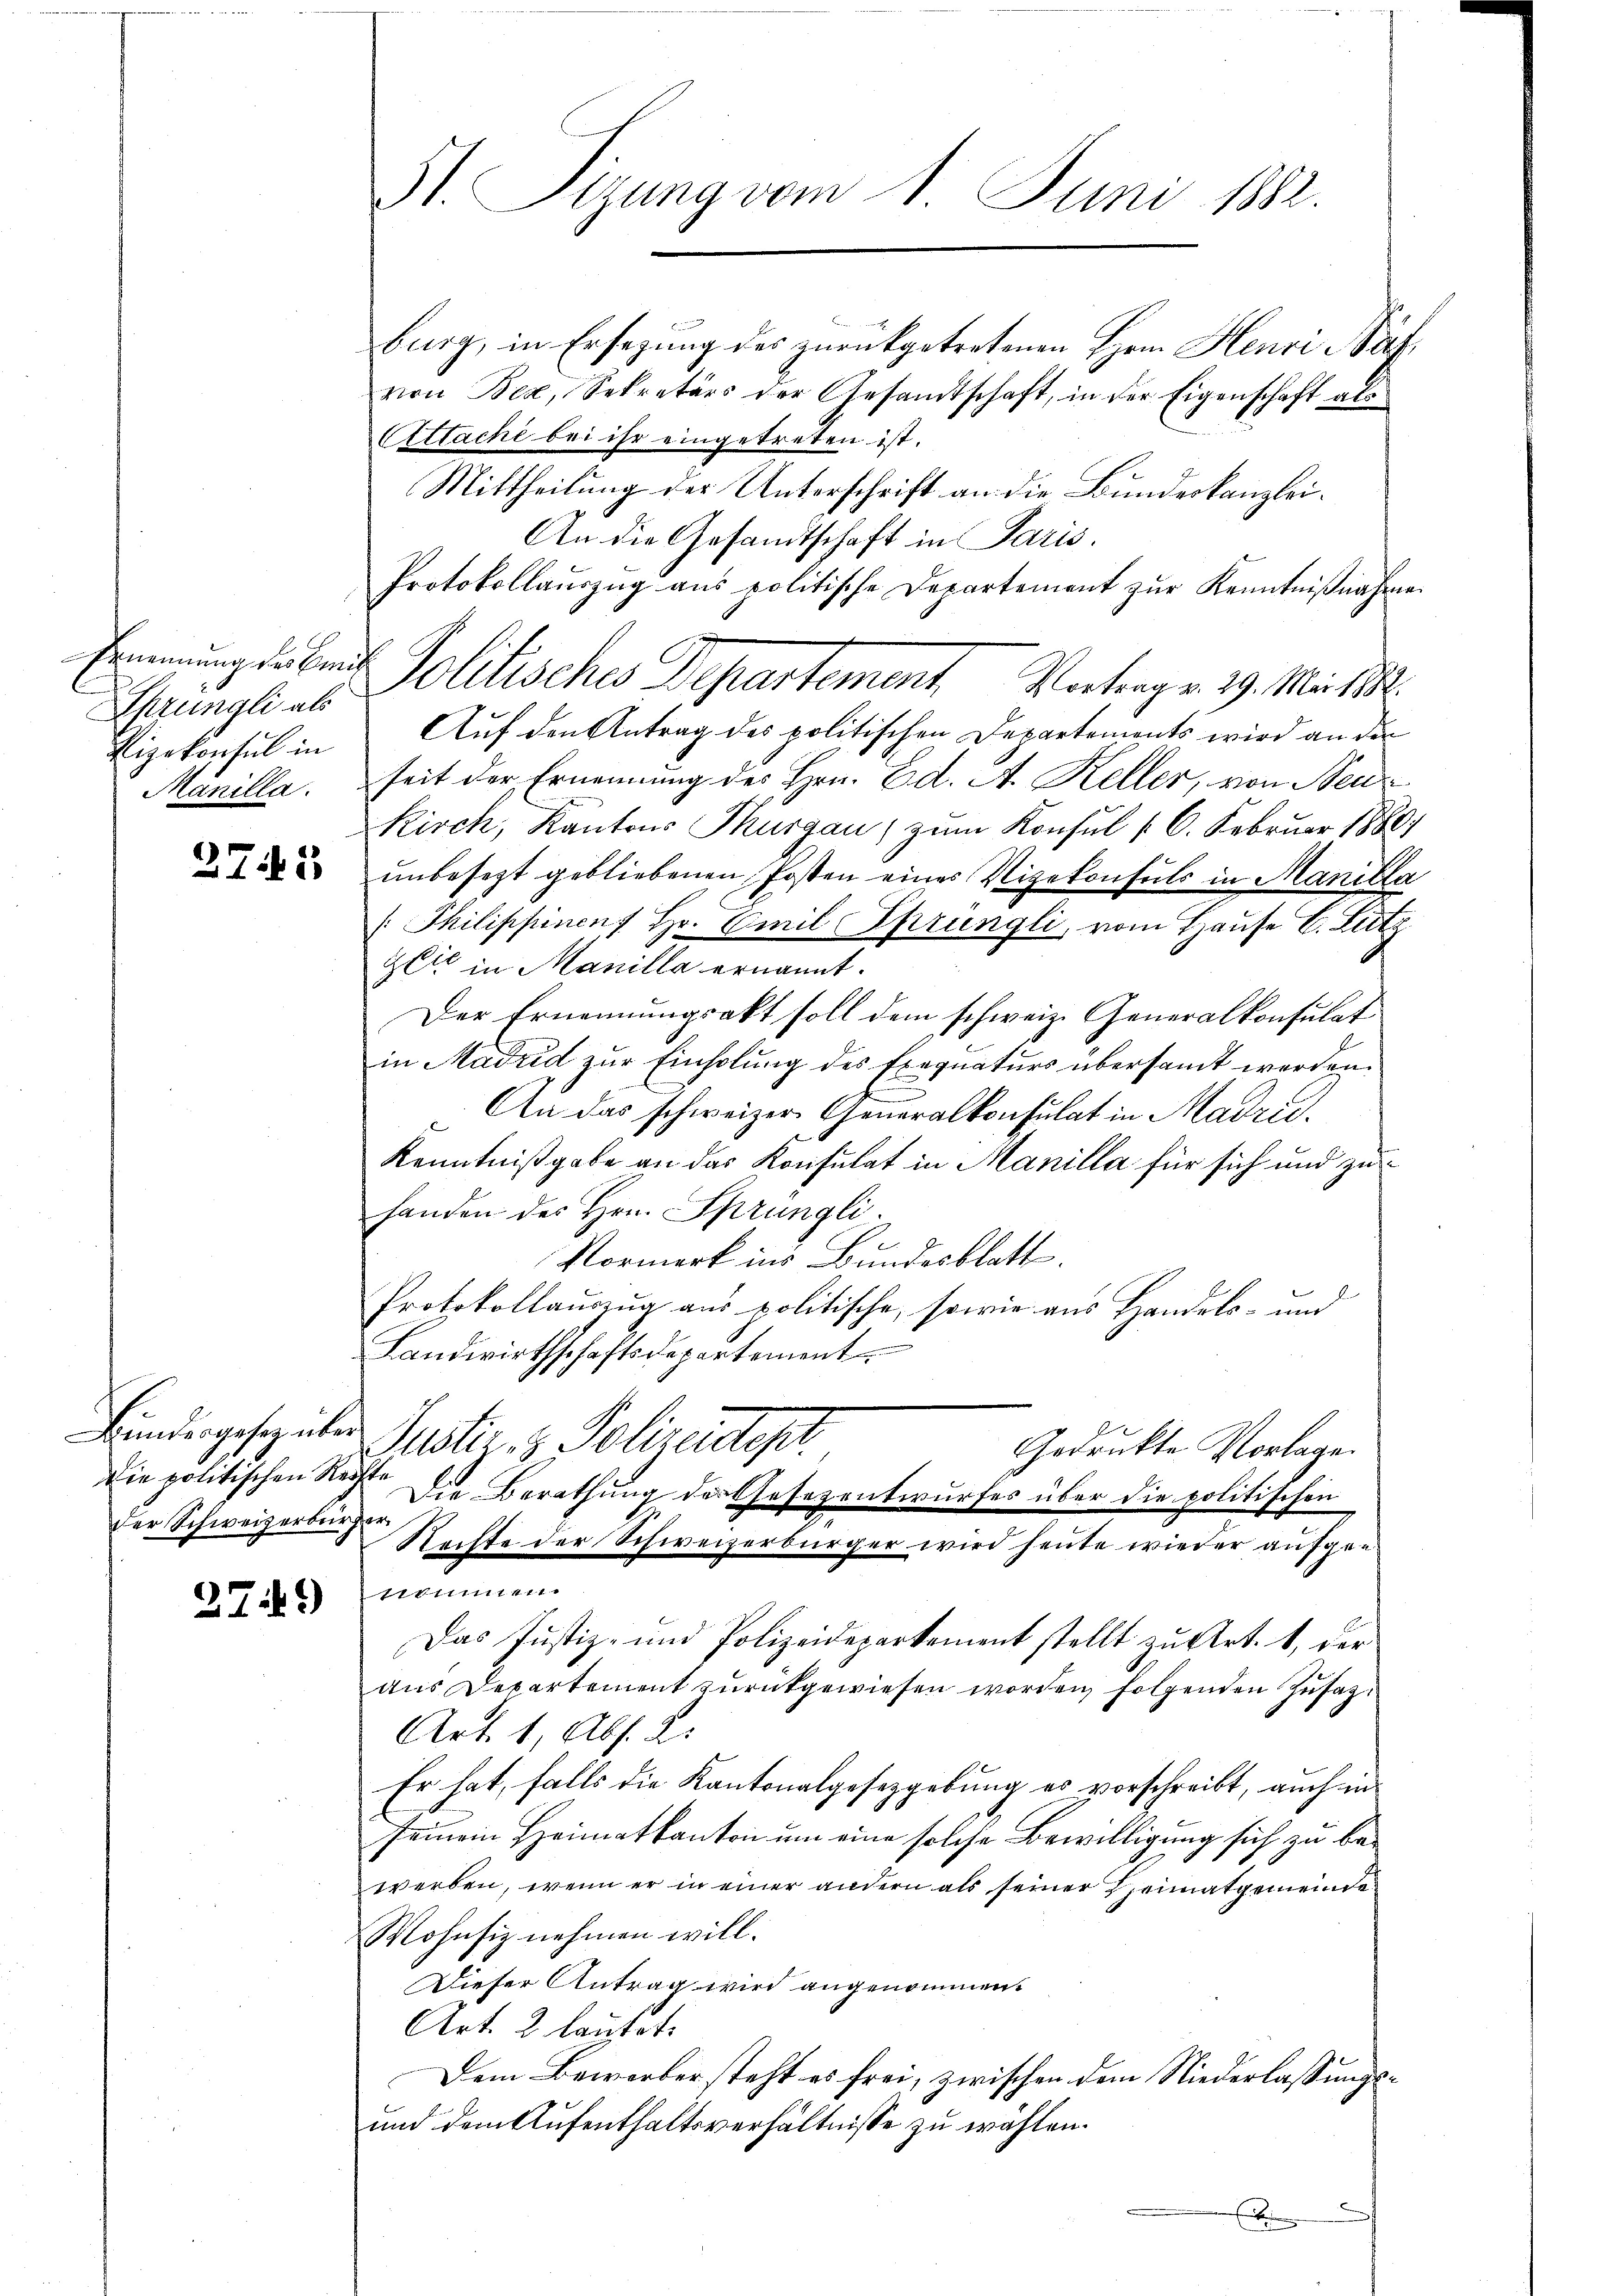
Ernennung des Bru
Sprüngli als
Lizekonsul in
Manilla.

27.5

Die politischen Reder Schweizerbürger

279)

St. Sizung vom 1. Juni 188.
burg, in Ersezung des zurückgetretenen Herrn Henri Bäfvon Bex, Sekretärs der Gesandtschaft, in der Eigenschaft als
Attachi bei ihr eingetreten ist.

Mittheilung der Unterschrift an die Bundeskanzlei.
An die Gesandtschaft in Paris.
Protokollauszug aus politische Departement zŭr Kenntniβnahme
Auf den Antrag des politischen Departements wird an den
seit der Ernennung des Hrn. Ed. A. Keller, von Neu
Kirch, Kantons Thurgau) zum Konsul § 6. Februar 1880
unbesezt gebliebenen Posten eines Vizekonsuls in Manilla
 Philippinen Hr. Emil Sprüngli, vom Hause C. Lutz
Glic in Manille ernannt.
Der Ernennungsakt soll dem schweiz. Generalkonsulat
in Madrid zur Einholung des Exequaturs übersandt werden.
An das schweizer Generalkonsulat in Madrid.
Kenntnißgabe an das Konsulat in Manilla für sich und zu
handen des Hrn. Sprüngli
Normerk ins Bundesblatt.
Protokollauszug aus politische, sowie aus Handels- und
Landwirthschaftsdepartement
Bundesgesezeter Justiz- & Polizentest.
Gedrukte Vorlage.
d
Die Berathung der Gesezentwurfes über die politischen
Rechte der Schweizerbürger wird heute wieder aufge¬
211
Das Justiz- und Polizeidepartement stellt zŭ Art. 1, der
aus Departement zurückgewiesen worden folgenden Zusatz¬
Art. 1, Abs. 2.
Er hat, falls die Kantonalgesetzgebung es vorschreibt, auch in
seinem Heimatkanton um eine solche Bewilligung sich zu bewerben, wenn er in einer andern als seiner Heimatgemeinde
Wohnsiz nehmen will.
Dieser Antrag wird angenommen.
Art. 2 lautet.
Dem Bewerber steht es frei, zwischen dem Niederlassungs¬
und dem Aufenthaltsverhältnisse zu wählen.
E

Politisches Departement. Vortragen 29. Mai 18